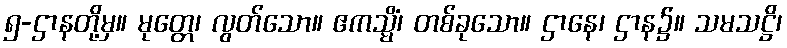
၅-ဌာနတို့မှ။ မုတ္တေ၊ လွတ်သော။ ဧကသ္မိံ၊ တစ်ခုသော။ ဌာနေ၊ ဌာန၌။ သမသဋ္ဌိ၊